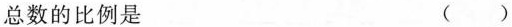
总数的比例是 ( )